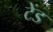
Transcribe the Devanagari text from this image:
टेंड